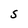
Character: S